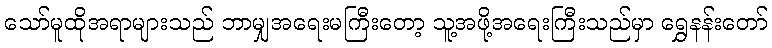
သော်မူထိုအရာများသည် ဘာမျှအရေးမကြီးတော့ သူ့အဖို့အရေးကြီးသည်မှာ ရွှေနန်းတော်